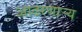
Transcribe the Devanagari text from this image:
आढरणार्‍य